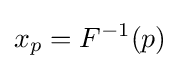
x_{p}=F^{-1}(p)